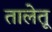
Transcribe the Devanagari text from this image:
तालेतू